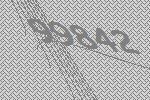
99842